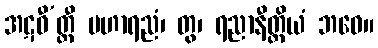
အဋဝီ’တ္ထီ မဟာရညံ၊ တွ၊ ရညာနီတ္ထိယံ ဘဝေ။